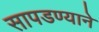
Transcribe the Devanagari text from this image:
सापडण्याने